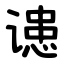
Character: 䜨